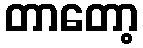
တာတော့